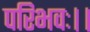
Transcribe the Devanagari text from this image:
परिभवः।।